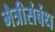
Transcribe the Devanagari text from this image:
मैत्रीसंबंध